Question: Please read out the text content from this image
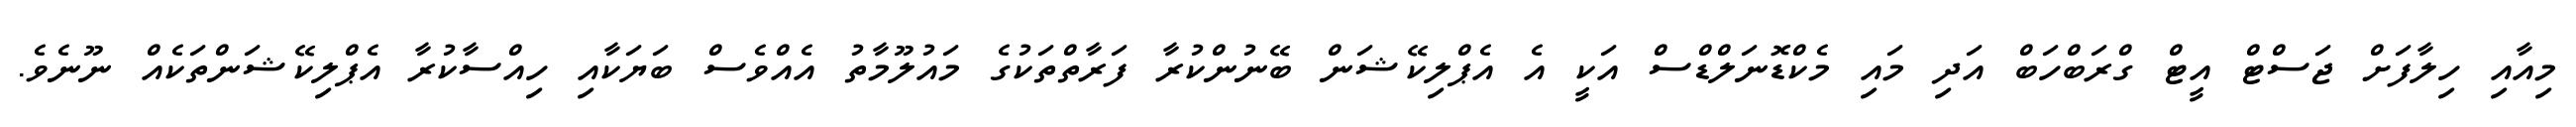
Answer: މިއާއި ހިލާފަށް ޖަސްޓް އީޓް ގްރަބްހަބް އަދި މައި މެކްޑޮނަލްޑްސް އަކީ އެ އެޕްލިކޭޝަން ބޭނުންކުރާ ފަރާތްތަކުގެ މައުލޫމާތު އެއްވެސް ބަޔަކާއި ހިއްސާކުރާ އެޕްލިކޭޝަންތަކެއް ނޫނެވެ.